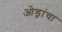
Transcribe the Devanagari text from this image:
ओड्रांचा